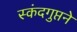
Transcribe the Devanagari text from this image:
स्कंदगुप्तने